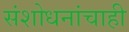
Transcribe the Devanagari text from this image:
संशोधनांचाही